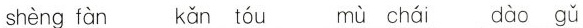
shèng fàn kǎn tóu mù chái dào gǔ